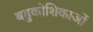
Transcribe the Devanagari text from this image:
बहुकोशिकाओं